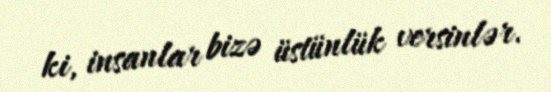
ki, insanlar bizə üstünlük versinlər.